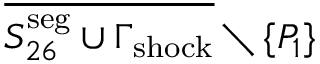
\overline { { S _ { 2 6 } ^ { \mathrm { s e g } } \cup \Gamma _ { \mathrm { { s h o c k } } } } } \setminus { \{ P _ { 1 } \} }